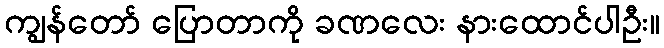
ကျွန်တော် ပြောတာကို ခဏလေး နားထောင်ပါဦး။